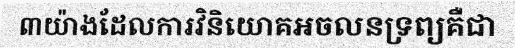
៣យ៉ាងដែលការវិនិយោគអចលនទ្រព្យគឺជា